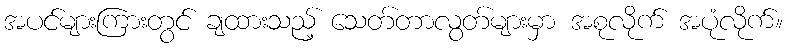
အပင်များကြားတွင် ချထားသည့် သေတ်တာလွတ်များမှာ အစုလိုက် အပုံလိုက်။